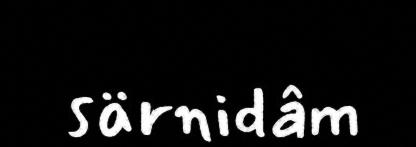
särnidâm